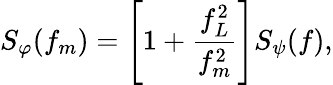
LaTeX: S_{\varphi}(f_{m})=\left[1+\frac{f_{L}^{2}}{f_{m}^{2}}\right]S_{\psi}(f),